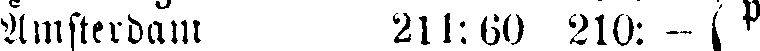
Amsterdam 211:60 210: - p